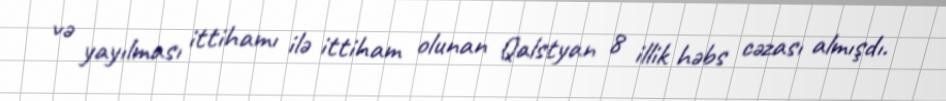
və yayılması ittihamı ilə ittiham olunan Qalstyan 8 illik həbs cəzası almışdı.